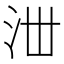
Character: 𣳘